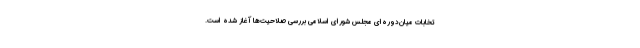
تخابات میان‌دوره‌ای مجلس شورای اسلامی بررسی صلاحیت‌ها آغاز شده است.